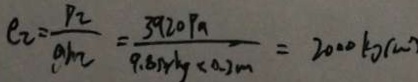
\rho _ { 2 } = \frac { p _ { 2 } } { g h _ { 2 } } = \frac { 3 9 2 0 P a } { 9 . 8 N / k g \times 0 . 2 m } = 2 0 0 0 k g / m